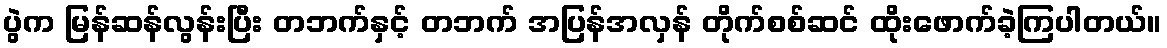
ပွဲက မြန်ဆန်လွန်းပြီး တဘက်နှင့် တဘက် အပြန်အလှန် တိုက်စစ်ဆင် ထိုးဖောက်ခဲ့ကြပါတယ်။